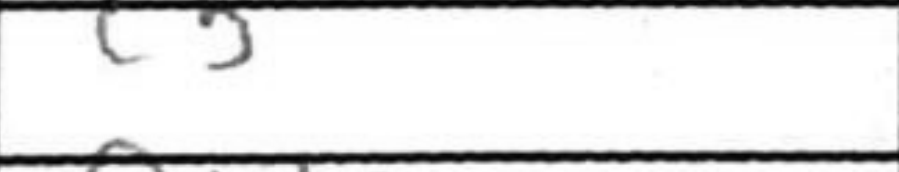
Transcription: c5